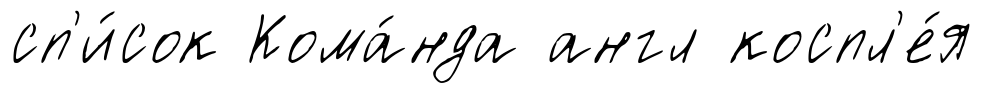
сп'и́сок Кома́нда англ коспл'е́я